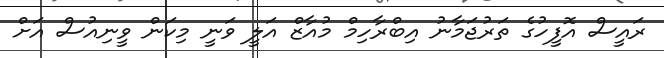
ރައީސް އޮފީހުގެ ތަރުޖަމާނު އިބްރާހިމް މުއާޒް އަލީ ވަނީ މިކަން ވީނިއުސް އަށް